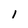
Character: 1